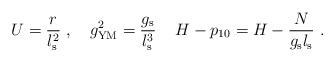
LaTeX: \begin{align*}U = \frac{r}{l_{\rm s}^2}\ ,\quad g_{\rm YM}^2 = \frac{ g_{\rm s} }{ l_{\rm s}^3 }\,\quad H-p_{10} = H - \frac{N}{g_{\rm s} l_{\rm s}}\ .\end{align*}